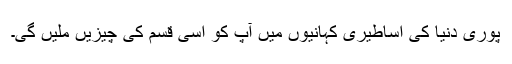
پوری دنیا کی اساطیری کہانیوں میں آپ کو اسی قسم کی چیزیں ملیں گی۔